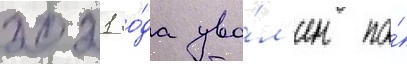
2021 го́да уво́л'ен по́